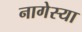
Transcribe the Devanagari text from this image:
नागेस्या